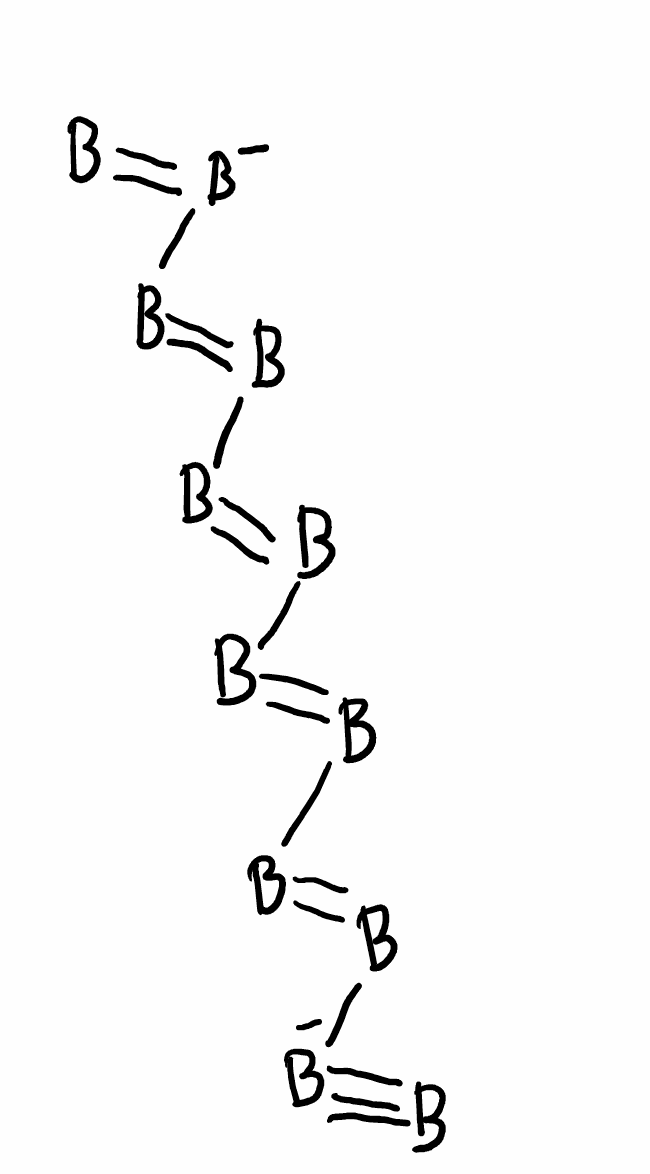
Simplified molecular-input line-entry system (SMILES) notation of the given molecule:
B#[B-]B=BB=BB=BB=B[B-]=[B]